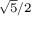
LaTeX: \scriptstyle { \sqrt { 5 } } / 2